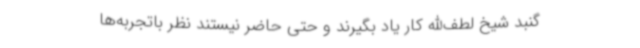
گنبد شیخ لطف‌الله کار یاد بگیرند و حتی حاضر نیستند نظر باتجربه‌ها